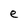
Character: e